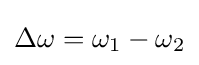
\Delta \omega =\omega _{1}-\omega _{2}\,\!